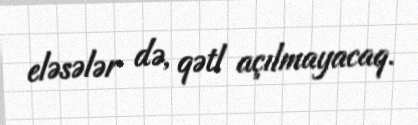
eləsələr də, qətl açılmayacaq.